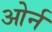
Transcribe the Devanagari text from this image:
ओर्न